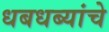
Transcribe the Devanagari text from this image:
धबधब्यांचे